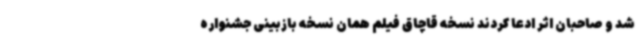
شد و صاحبان اثر ادعا کردند نسخه قاچاق فیلم همان نسخه بازبینی جشنواره